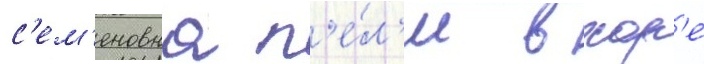
с'ем'еновна п'е́л'и в хор'е